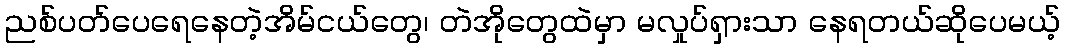
ညစ်ပတ်ပေရေနေတဲ့အိမ်ငယ်တွေ၊ တဲအိုတွေထဲမှာ မလှုပ်ရှားသာ နေရတယ်ဆိုပေမယ့်